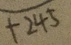
+ 2 4 5